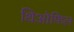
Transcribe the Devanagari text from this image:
थिओफिल